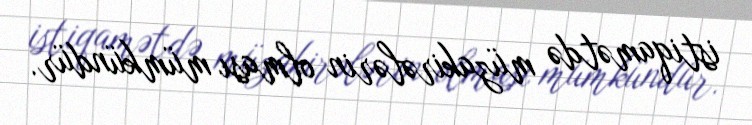
istiqamətdə müzakirələrin olması mümkündür.